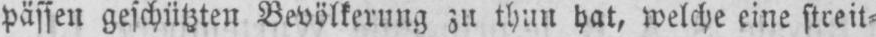
pässen geschützten Bevölkerung zu thun hat, welche eine streit⸗